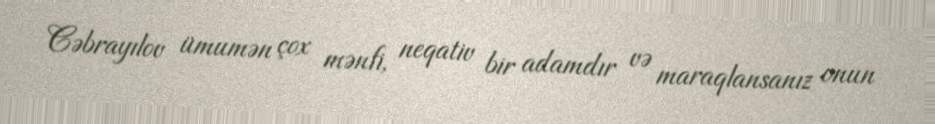
Cəbrayılov ümumən çox mənfi, neqativ bir adamdır və maraqlansanız onun